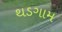
થડગામ